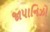
જાપાનિઝો